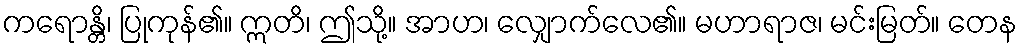
ကရောန္တိ၊ ပြုကုန်၏။ ဣတိ၊ ဤသို့။ အာဟ၊ လျှောက်လေ၏။ မဟာရာဇ၊ မင်းမြတ်။ တေန